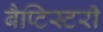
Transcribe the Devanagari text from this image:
बैप्टिस्टरी